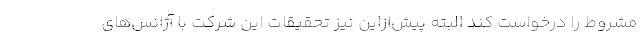
مشروط را درخواست کند البته پیش‌ازاین نیز تحقیقات این شرکت با آژانس‌های